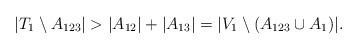
LaTeX: \begin{align*}|T_1\setminus A_{123}|>|A_{12}|+|A_{13}|=|V_1\setminus (A_{123}\cup A_1)|. \end{align*}